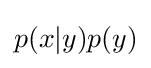
p(x|y)p(y)